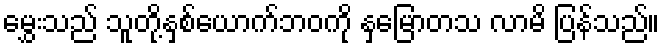
မွှေးသည် သူတို့နှစ်ယောက်ဘဝကို နှမြောတသ လာမိ ပြန်သည်။